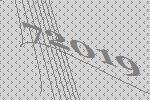
72019